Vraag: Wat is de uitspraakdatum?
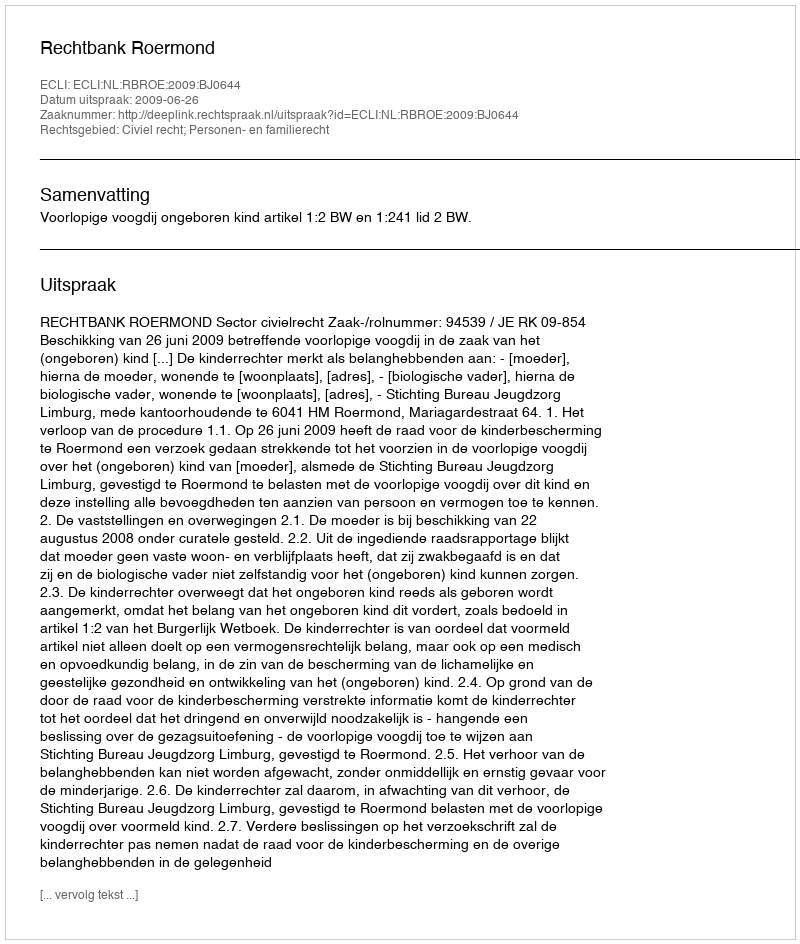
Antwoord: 2009-06-26